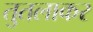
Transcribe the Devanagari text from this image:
तुतलाकर